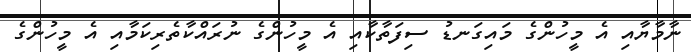
ނާމާޔާއި އެ މީހުންގެ މައިގަނޑު ސިފަތާކާއި އެ މީހުންގެ ނުރައްކާތެރިކަމާއި އެ މީހުންގެ